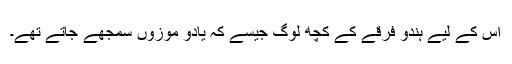
اس کے لیے ہندو فرقے کے کچھ لوگ جیسے کہ یادو موزوں سمجھے جاتے تھے۔